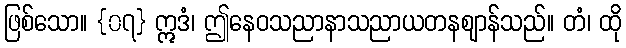
ဖြစ်သော။ {၀၇} ဣဒံ၊ ဤနေဝသညာနာသညာယတနဈာန်သည်။ တံ၊ ထို